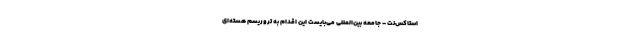
استاکس‌نت – جامعه بین‌المللی می‌بایست این اقدام به تروریسم هسته‌ای